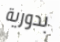
بدورية